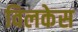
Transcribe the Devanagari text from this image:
विलकेस